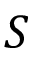
S